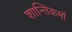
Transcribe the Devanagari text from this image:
शान्तिकर्मों